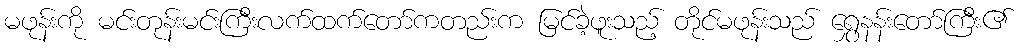
မဖုန်းကို မင်းတုန်းမင်းကြီးလက်ထက်တော်ကတည်းက မြင်ခဲ့ဖူးသည့် တိုင်မဖုန်းသည် ရွှေနန်းတော်ကြီး၏